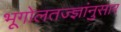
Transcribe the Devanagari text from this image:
भूगोलतज्ज्ञांनुसार